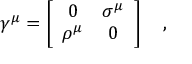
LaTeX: \gamma ^ { \mu } = \left[ \begin{array} { c c } { { 0 } } & { { \sigma ^ { \mu } } } \\ { { \rho ^ { \mu } } } & { { 0 } } \end{array} \right] \quad ,